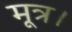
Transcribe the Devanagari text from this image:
मूत्र।